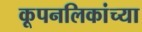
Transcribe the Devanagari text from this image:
कूपनलिकांच्या